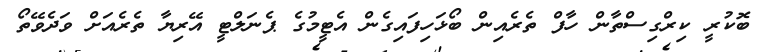
ބޮކުރީ ކިރްގިސްތާން ހާފް ތެރެއިން ބޯޅަހިފައިގެން އެޓީމުގެ ޕެނަލްޓީ އޭރިޔާ ތެރެއަށް ވަދެވޭތޯ